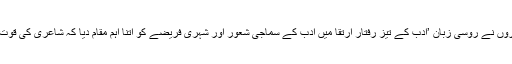
پشکن اور اس کے ہم عصروں نے روسی زبان ’ادب کے تیز رفتار ارتقا میں ادب کے سماجی شعور اور شہری فریضے کو اتنا اہم مقام دیا کہ شاعری کی قوت نثری کی جانب بہہ نکلی۔